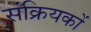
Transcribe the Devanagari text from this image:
संक्रियकों